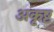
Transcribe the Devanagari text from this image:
अकृष्ट